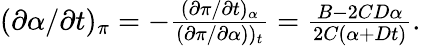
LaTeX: \begin{array}{r}{(\partial\alpha/\partial{t})_{\pi}=-\frac{(\partial\pi/\partial{t})_{\alpha}}{(\partial\pi/\partial\alpha))_{t}}=\frac{B-2CD\alpha}{2C(\alpha+Dt)}.}\end{array}